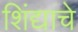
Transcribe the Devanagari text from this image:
शिंद्याचे